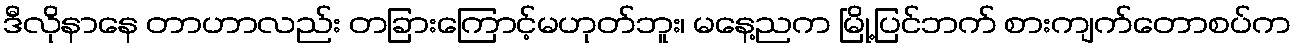
ဒီလိုနာနေ တာဟာလည်း တခြားကြောင့်မဟုတ်ဘူး၊ မနေ့ညက မြို့ပြင်ဘက် စားကျက်တောစပ်က